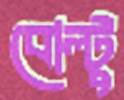
বোল্টু